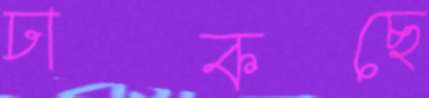
ঢাকছে